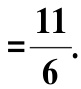
$=\frac{11}{6}.$